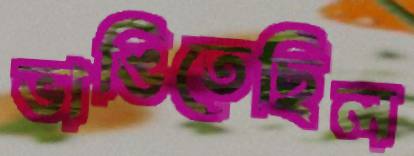
ভাঙিতেছিল